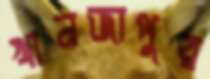
খানজাপুর